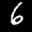
Label: 6